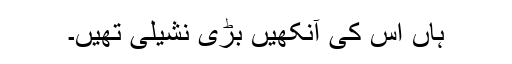
ہاں اس کی آنکھیں بڑی نشیلی تھیں۔